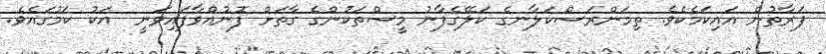
ފަރާތުން އައިކަމެކެވެ. ތިމަންރަސްކަލާނގެ ކަލޭގެފާނު މީސްތަކުންގެ ގާތަށް ފޮނުއްވާފައިވަނީ  އަކު ކަމުގައެވެ.